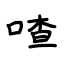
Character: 喳